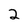
Character: 2